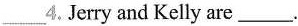
___4.Jerry and Kelly are___.